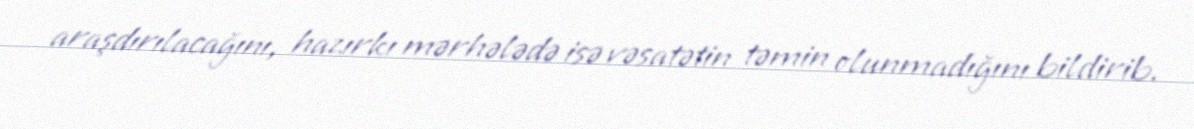
araşdırılacağını, hazırkı mərhələdə isə vəsatətin təmin olunmadığını bildirib.